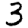
Digit: 3